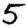
Digit: 5